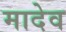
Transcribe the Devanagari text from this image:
मादेव